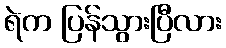
ရဲက ပြန်သွားပြီလား